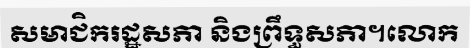
សមាជិករដ្ឋសភា និងព្រឹទ្ធសភា។លោក